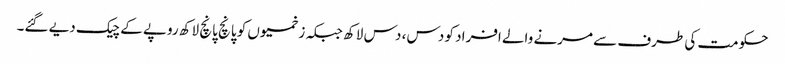
حکومت کی طرف سے مرنے والے افراد کو دس، دس لاکھ جبکہ زخمیوں کو پانچ پانچ لاکھ روپے کے چیک دیے گئے۔